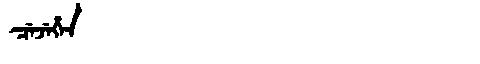
Manchu: ᠴᡝᠵᡝᡥᡝᠨ
Romanization: CEJEHEN